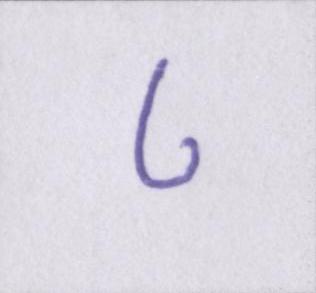
८